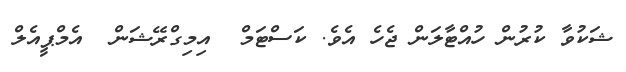
ޝަކުވާ ކުރުން ހުއްޓާލަން ޖެހެ އެވެ. ކަސްޓަމް  އިމިގްރޭޝަން  އެމްޕީއެލް